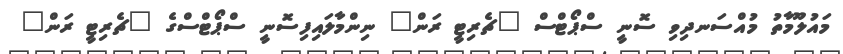
މައުލޫމާތު މުއްސަނދިވި ސޮނީ ސްޕޯޓްސް "ޗެރިޓީ ރަން" ނިންމާލައިފިސޮނީ ސްޕޯޓްސްގެ "ޗެރިޓީ ރަން"